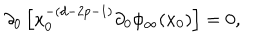
\partial _ { 0 } \left[ x _ { 0 } ^ { - ( d - 2 p - 1 ) } \partial _ { 0 } \phi _ { \infty } ( x _ { 0 } ) \right] = 0 ,